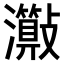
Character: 𤄑